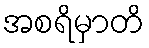
အစရိမှာတိ